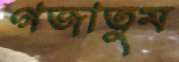
গজাতুম